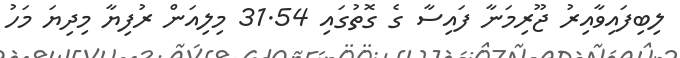
ލިބިފައިވާއިރު ޖޫރިމަނާ ފައިސާ ގެ ގޮތުގައި 31.54 މިލިއަން ރުފިޔާ މިދިޔަ މަހު